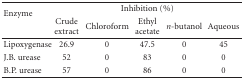
| <ROWSPAN=2> Enzyme | <COLSPAN=5> Inhibition (%) |
 | Crude extract | Chloroform | Ethyl acetate | n-butanol | Aqueous |
 | --- | --- | --- | --- | --- | --- |
 | Lipoxygenase | 26.9 | 0 | 47.5 | 0 | 45 |
 | J.B. urease | 52 | 0 | 83 | 0 | 0 |
 | B.P. urease | 57 | 0 | 86 | 0 | 0 |